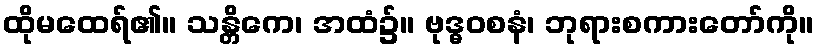
ထိုမထေရ်၏။ သန္တိကေ၊ အထံ၌။ ဗုဒ္ဓဝစနံ၊ ဘုရားစကားတော်ကို။